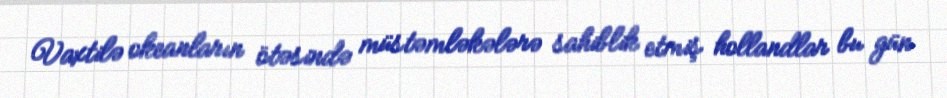
Vaxtilə okeanların ötəsində müstəmləkələrə sahiblik etmiş hollandlar bu gün